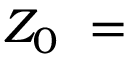
Z _ { 0 } ~ =